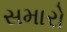
સમારો